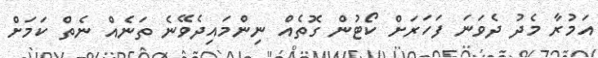
އަމުރާ މެދު ދެވަނަ ފަހަރަށް ކޯޓުން ގޮތެއް ނިންމައިދެވޭނެ ތަނެއް ނެތް ކަމަށް